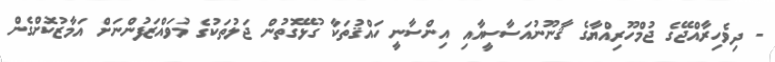
- ދިވެހިރާއްޖޭގެ ޖުމްހޫރިއްޔާގެ ޤާނޫނުއަސާސީއާއި އިންސާނީ ހައްޤުތަކާ ގުޅޭގޮތުން ޖަލުތަކުގެ މުވައްޒަފުންނަށް އަމާޒުކޮށްގެން